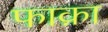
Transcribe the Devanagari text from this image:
फाक़ा